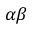
\alpha \beta